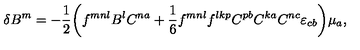
\delta B ^ { m } = - \frac { 1 } { 2 } \bigg ( f ^ { m n l } B ^ { l } C ^ { n a } + \frac { 1 } { 6 } f ^ { m n l } f ^ { l k p } C ^ { p b } C ^ { k a } C ^ { n c } \varepsilon _ { c b } \bigg ) \mu _ { a } ,